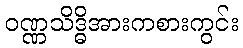
ဝဏ္ဏသိဒ္ဓိအားကစားကွင်း